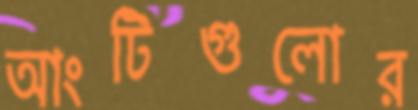
আংটিগুলোর